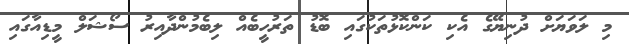
މި ލަވަޔަށް ދުނިޔޭގެ އެކި ކަންކޮޅުތަކުގައި ބޮޑު ތަރުހީބެއް ލިބެމުންދާއިރު ސޯޝަލް މީޑިއާގައި